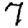
Digit: 7